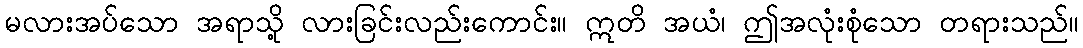
မလားအပ်သော အရာသို့ လားခြင်းလည်းကောင်း။ ဣတိ အယံ၊ ဤအလုံးစုံသော တရားသည်။